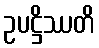
ဥပဋ္ဌိဿတိ